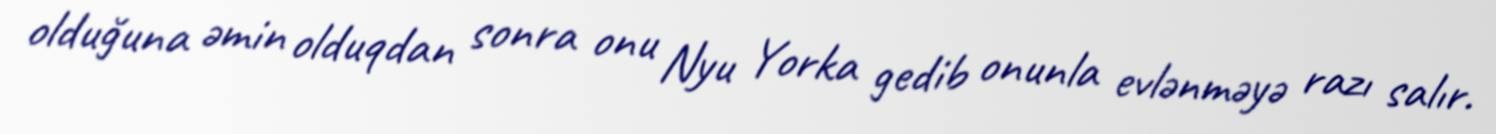
olduğuna əmin olduqdan sonra onu Nyu Yorka gedib onunla evlənməyə razı salır.